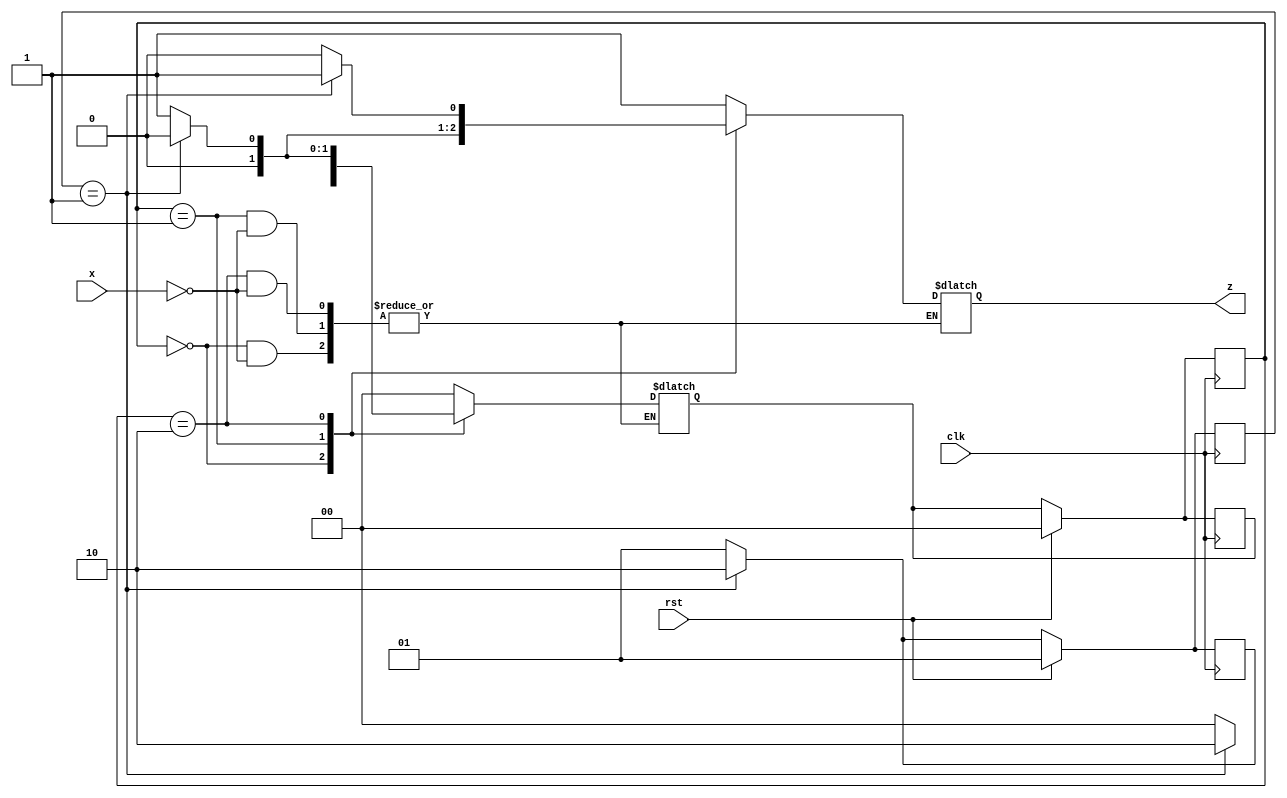
`timescale 1ns / 1ps
//////////////////////////////////////////////////////////////////////////////////
// Company: 
// Engineer: 
// 
// Design Name: 
// Module Name: multiple_of_three
// Project Name: 
// Target Devices: 
// Tool Versions: 
// Description: 
// 
// Dependencies: 
// 
// Revision:
// Revision 0.01 - File Created
// Additional Comments:
// 
//////////////////////////////////////////////////////////////////////////////////

// Assignment - 4
// Problem  - 2
// Semester Aut - 2020 
// Group - 53
// Name_1 : Hardik Aggarwal 
// Roll_1 : 18CS10021
// Name_2 : Sriyash Poddar
// Roll_2 : 18CS30040

module multiple_of_three(x, clk, rst, z
    );
input x, clk, rst;                         
output reg z;
parameter S0 = 0, S1 = 1, S2 = 2;        // States show my current modulo 3 so if my PS == S0 z = 1 else 0
reg [1:0] PS, NS, MUL, NMUL;            // MUL stores my current 2^i modulo 3 so when a new bit  = 1 comes I add MUL to me present modulo 
always @ (posedge clk)                  // NS and NMUL store my corresponding moduli of next states
if (rst) begin                         // reset every modulo to 0
    PS <= S0;
    NS <= S0;
    MUL<=S1;
    NMUL <= S1;
   end
else begin                           // update my present state and multiplicand from  next
    PS <= NS;
    MUL <= NMUL;
    end
always @ (PS , x)
begin
    case (PS)
    S0 : begin
        if(x)                          // if x modulo becomes 0 + MUL = MUL and z becomes 0
            begin
                NS <= MUL;
                z <= 0;
            end
        end
    S1 : begin
        if(x) 
            begin
                NS <= (MUL == 1)?S2:S0;        // if x modulo increases by 1 or 2 depending on MUL value
                z <= (MUL == 1)?0:1;
            end
        end
    S2 : begin
        if(x) 
            begin
                NS <= (MUL == 1)?S0:S1;          // if x modulo increases by 1 or 2 depending on MUL value
                z <= (MUL == 1)?1:0;
            end
        end
    default: begin                    // if invalid input reset everything
        NS <= S0;
        z <= 1;
        end
    endcase
    if(MUL == S1) NMUL <= S2;            // if modulo = 1 then it becomes (2*1)%3 = 2
    else NMUL <= S1;                    // if modulo = 2 then it becomes (2*2)%3 = 1
    
end
    
endmodule